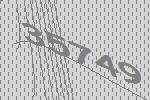
35749